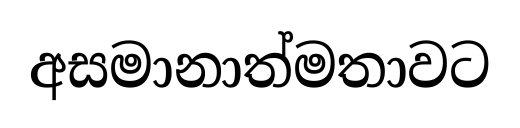
අසමානාත්මතාවට